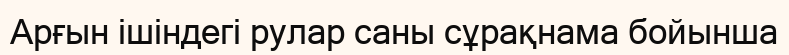
Арғын ішіндегі рулар саны сұрақнама бойынша